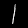
Label: 1